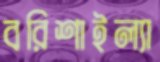
বরিশাইল্যা